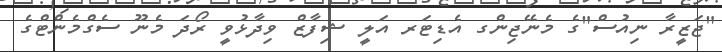
"ޖަޒީރާ ނިއުސް"ގެ މެނޭޖިންގ އެޑިޓަރ އަލީ ޝިފާޒް ވިދާޅުވީ ރޯދަ މެނޫ ސެގްމެންޓްގެ